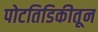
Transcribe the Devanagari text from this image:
पोटतिडिकीतून